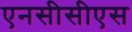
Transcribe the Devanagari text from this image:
एनसीसीएस